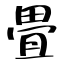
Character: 畳